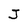
Character: J